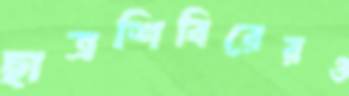
ছাত্রশিবিরেরও